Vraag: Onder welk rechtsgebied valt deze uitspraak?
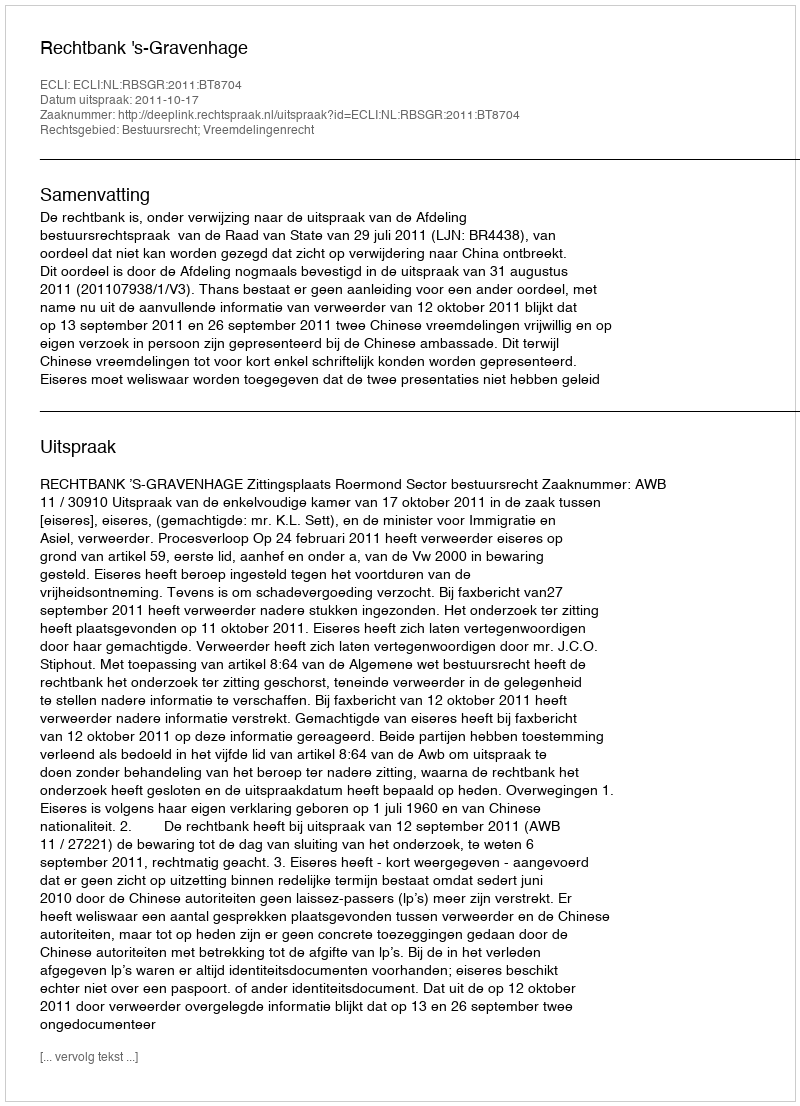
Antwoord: Bestuursrecht; Vreemdelingenrecht